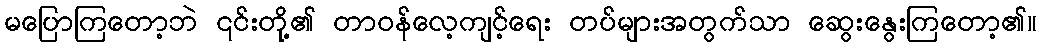
မပြောကြတော့ဘဲ ၎င်းတို့၏ တာဝန်လေ့ကျင့်ရေး တပ်များအတွက်သာ ဆွေးနွေးကြတော့၏။